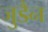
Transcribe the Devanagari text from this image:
जुडैन